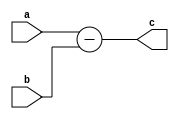
`timescale 1ns / 1ps

//Outputs C = A - B

module Sub #(parameter p_inputWidth          = 8)
    (
     input   signed  [ p_inputWidth - 1 : 0 ] a,
     input   signed  [ p_inputWidth - 1 : 0 ] b,
     output  signed  [ p_inputWidth - 1 : 0 ]    c

    );
    
    assign c = a - b;
    
endmodule